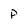
Character: P